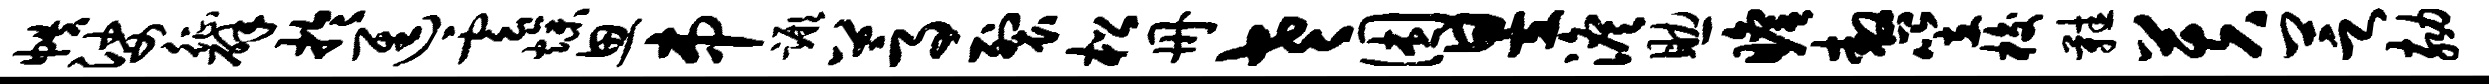
帙娑征辟於进云燥思串蹶蒿裂松册老困昱澹助瞻嗷笠梭鞋芙芝劾